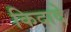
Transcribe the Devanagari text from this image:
किदादे